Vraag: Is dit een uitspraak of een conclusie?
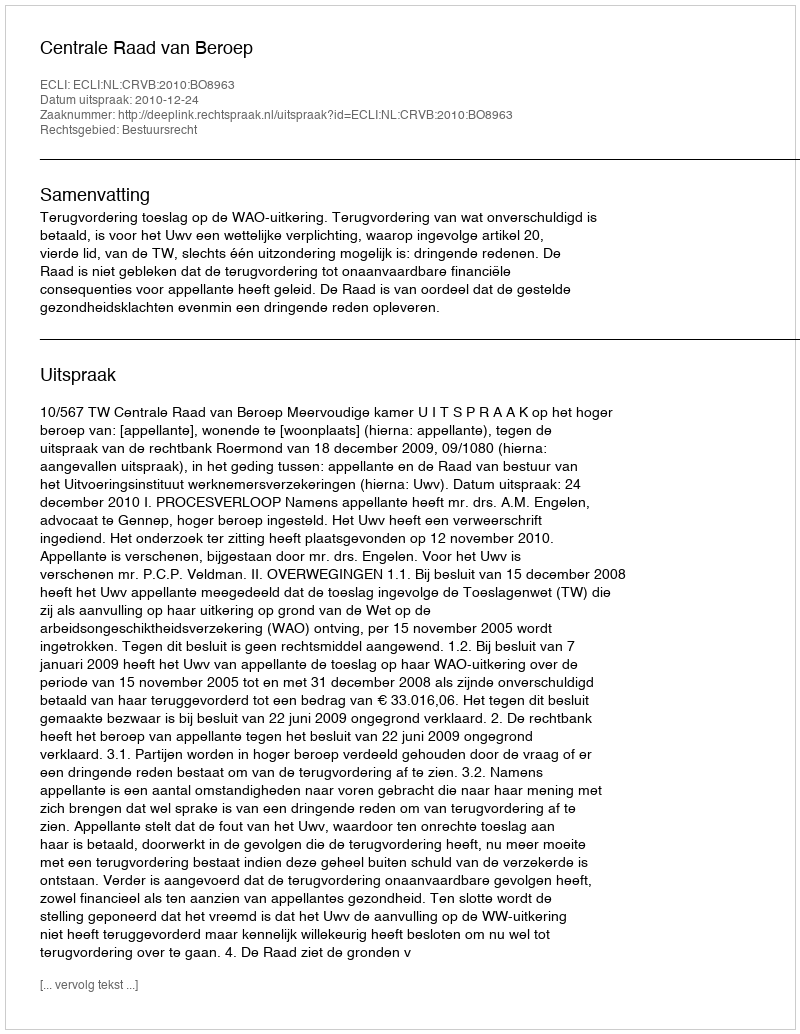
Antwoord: Uitspraak